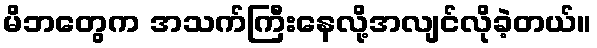
မိဘတွေက အသက်ကြီးနေလို့အလျင်လိုခဲ့တယ်။